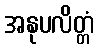
အနုပလိတ္တံ